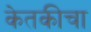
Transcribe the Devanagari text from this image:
केतकीचा